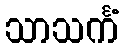
သာသင်္ကံ